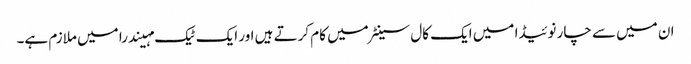
ان میں سے چار نوئیڈا میں ایک کال سینٹر میں کام کرتے ہیں اور ایک ٹیک مہیندرا میں ملازم ہے۔